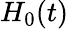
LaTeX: H_{0}(t)